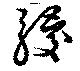
騣